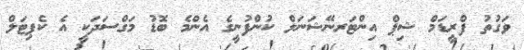
ވަގުތު ފްރީޑަމް ޝިޕް އިންޓަރނޭޝަނަލް ކުންފުނީގެ އެންމެ ބޮޑު މަގްސަދަކީ އެ ކެޕިޓަލް